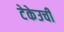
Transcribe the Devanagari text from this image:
टेकेउची